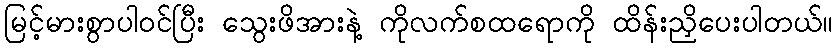
မြင့်မားစွာပါဝင်ပြီး သွေးဖိအားနဲ့ ကိုလက်စထရောကို ထိန်းညှိပေးပါတယ်။